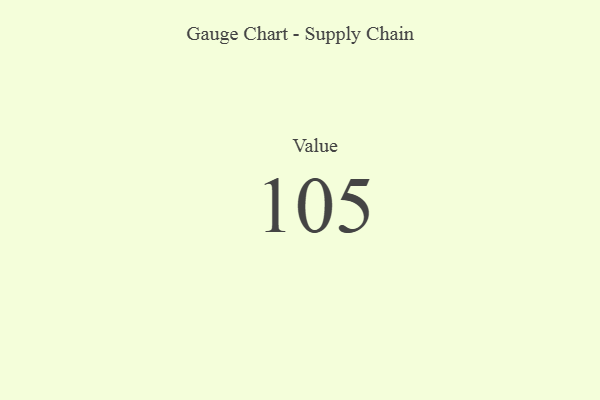
{"axis": {"x": "Metric", "y": "Value"}, "legend": [""], "data": [{"x": "Value", "y": 105, "type": ""}]}